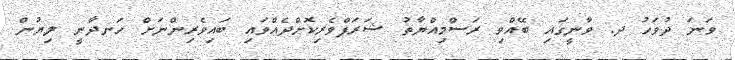
ވަނަ ދުވަހު ދ. ވާނީގައި ބޭއްވި ރަސްމިއްޔާތު ޝަރަފްވެރިކޮށްދެއްވައި ބައިވެރިންނަށް ހަނދާނީ ލިޔުން